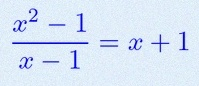
\frac{x^2-1}{x-1}=x+1